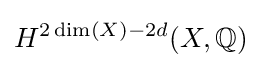
H^{2\dim(X)-2d}(X,\mathbb {Q} )